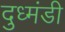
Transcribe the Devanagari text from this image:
दुध्मंडी